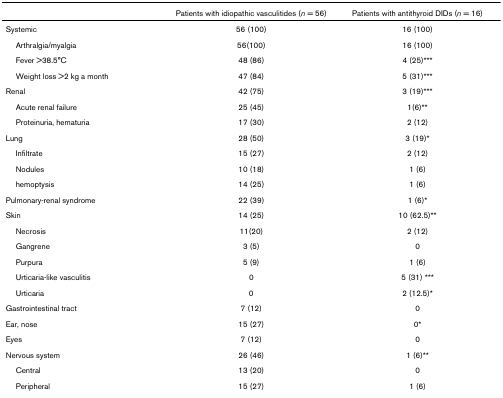
<table><thead><tr><td></td><td><b>Patients with idiopathic vasculitides (<i>n </i>= 56)</b></td><td><b>Patients with antithyroid DIDs (<i>n </i>= 16)</b></td></tr></thead><tbody><tr><td>Systemic</td><td>56 (100)</td><td>16 (100)</td></tr><tr><td> Arthralgia/myalgia</td><td>56(100)</td><td>16 (100)</td></tr><tr><td> Fever &gt;38.5°C</td><td>48 (86)</td><td>4 (25)***</td></tr><tr><td> Weight loss &gt;2 kg a month</td><td>47 (84)</td><td>5 (31)***</td></tr><tr><td>Renal</td><td>42 (75)</td><td>3 (19)***</td></tr><tr><td> Acute renal failure</td><td>25 (45)</td><td>1(6)**</td></tr><tr><td> Proteinuria, hematuria</td><td>17 (30)</td><td>2 (12)</td></tr><tr><td>Lung</td><td>28 (50)</td><td>3 (19)*</td></tr><tr><td> Infiltrate</td><td>15 (27)</td><td>2 (12)</td></tr><tr><td> Nodules</td><td>10 (18)</td><td>1 (6)</td></tr><tr><td> hemoptysis</td><td>14 (25)</td><td>1 (6)</td></tr><tr><td>Pulmonary-renal syndrome</td><td>22 (39)</td><td>1 (6)*</td></tr><tr><td>Skin</td><td>14 (25)</td><td>10 (62.5)**</td></tr><tr><td> Necrosis</td><td>11(20)</td><td>2 (12)</td></tr><tr><td> Gangrene</td><td>3 (5)</td><td>0</td></tr><tr><td> Purpura</td><td>5 (9)</td><td>1 (6)</td></tr><tr><td> Urticaria-like vasculitis</td><td>0</td><td>5 (31) ***</td></tr><tr><td> Urticaria</td><td>0</td><td>2 (12.5)*</td></tr><tr><td>Gastrointestinal tract</td><td>7 (12)</td><td>0</td></tr><tr><td>Ear, nose</td><td>15 (27)</td><td>0*</td></tr><tr><td>Eyes</td><td>7 (12)</td><td>0</td></tr><tr><td>Nervous system</td><td>26 (46)</td><td>1 (6)**</td></tr><tr><td> Central</td><td>13 (20)</td><td>0</td></tr><tr><td> Peripheral</td><td>15 (27)</td><td>1 (6)</td></tr></tbody></table>